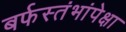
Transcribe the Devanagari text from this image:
बर्फस्तंभांपेक्षा